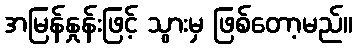
အမြန်နှုန်းဖြင့် သွားမှ ဖြစ်တော့မည်။